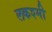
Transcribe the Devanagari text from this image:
लकश्मी